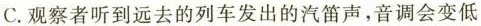
C.观察者听到远去的列车发出的汽笛声，音调会变低